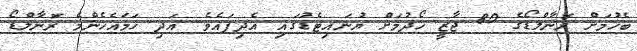
ބެހުމަށް ރޮނާލްޑޯގެ 80 ޖާޒީ ހޯދުމަށް ޔުނައިޓެޑުގައި އެދިފައެވެ. އަދި ހަމައެހެންމެ ރޮނާލްޑޯ